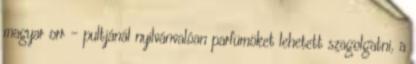
magyar orr - pultjánál nyilvánvalóan parfümöket lehetett szagolgatni, a